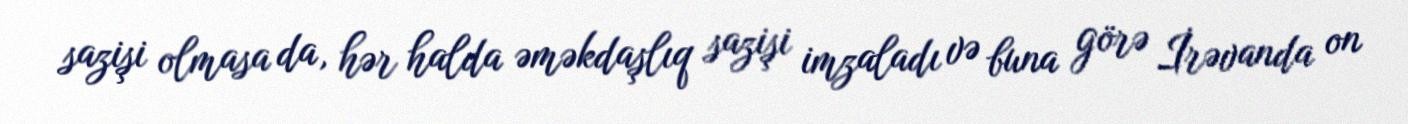
sazişi olmasa da, hər halda əməkdaşlıq sazişi imzaladı və buna görə İrəvanda on